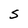
Character: S